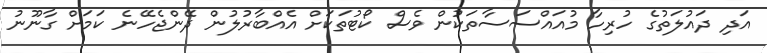
އަދި ދައުލަތުގެ ހުރިހާ މުއައްސަސާތަކުން ވެސް ކޯޓުތަކަށް އެއްބާރުލުން ދޭންޖެހޭނެ ކަމަށް ގާނޫނު